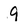
Character: 9